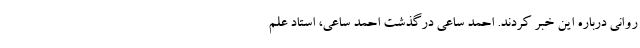
روانی درباره این خبر کردند. احمد ساعی درگذشت احمد ساعی، استاد علم